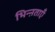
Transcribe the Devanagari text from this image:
भिन्ऩताएँ